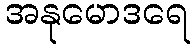
အနုမောဒရေ